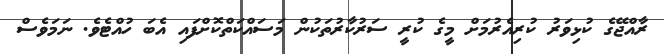
ރާއްޖޭގެ ކުޅިވަރު ކުރިއެރުމަށް މީގެ ކުރީ ސަރުކާރުތަކުން މަސައްކަތްކޮށްފައި އެބަ ހުއްޓެވެ. ނަމަވެސް